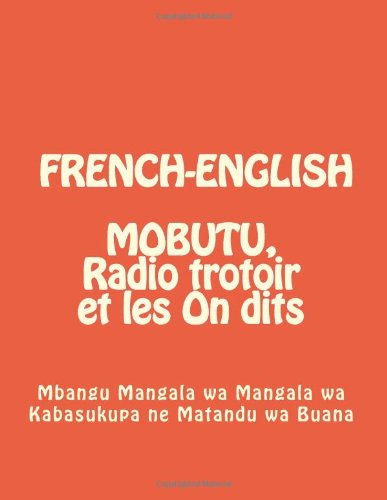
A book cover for MOBUTU, Radio trotoir et les On dits, (ENGLISH AND FRENCH.): N/A; Mbangu A.M. Mangala Sr; Crafts, Hobbies & Home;